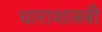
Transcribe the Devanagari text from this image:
धाराशास्त्री